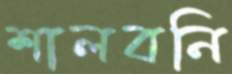
শালবনি